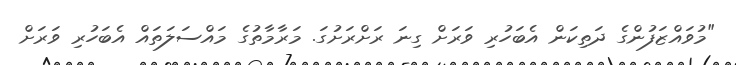
"މުވައްޒަފުންގެ ދަތިކަން އެބަހުރި ވަރަށް ގިނަ ރަށްރަށުގަ. މަރާމާތުގެ މައްސަލަތައް އެބަހުރި ވަރަށް